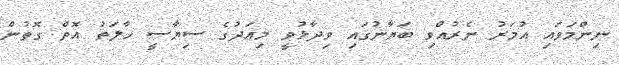
ނިންމަވައި އުމަރު ނެރުއްވި ބަޔާނުގައި ވިދާޅުވީ މިއަދުގެ ސިޔާސީ ހާލަތު އޮތް ގޮތުން